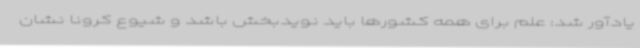
یادآور شد: علم برای همه کشورها باید نویدبخش باشد و شیوع کرونا نشان